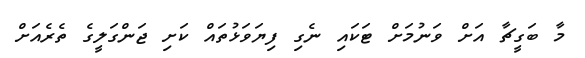
މާ ބަގީޗާ އަށް ވަނުމަށް ޓަކައި ނެގި ފިޔަވަޅުތައް ކަށި ޖަންގަލީގެ ތެރެއަށް